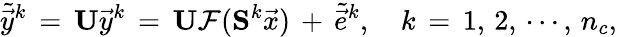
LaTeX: \tilde{\vec{y}}^{k}\, =\, \mathbf{U}\vec{y}^{k}\, =\, \mathbf{U}\mathcal{F}(\mathbf{S}^{k}\vec{x})\, +\, \tilde{\vec{e}}^{k},\quad k\, =\, 1,\, 2,\, \cdots,\, n_{c},